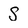
Character: S